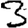
Digit: 3